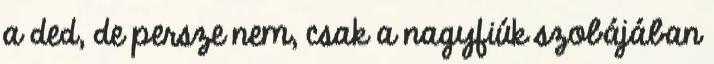
a ded, de persze nem, csak a nagyfiúk szobájában